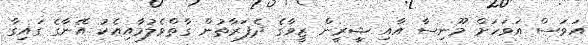
އަވަސް އަވަހަށް މޫނިސާ އާއި ޝީރީން ޒީވާގެ ދެފަރާތުން ގާތްވެލުމާއިއެކު އޭނާގެ ގައިގާ